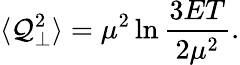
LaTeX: \langle\mathcal{Q}_{\perp}^{2}\rangle=\mu^{2}\ln\frac{{3ET}}{{2\mu^{2}}}.